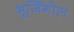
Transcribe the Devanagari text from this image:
भूजिँगोल